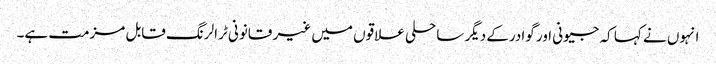
انہوں نے کہا کہ جیونی اور گوادرکے دیگر ساحلی علاقوں میں غیر قانونی ٹرالرنگ قابل مزمت ہے۔